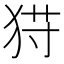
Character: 𱭾